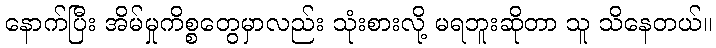
နောက်ပြီး အိမ်မှုကိစ္စတွေမှာလည်း သုံးစားလို့ မရဘူးဆိုတာ သူ သိနေတယ်။